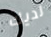
لديك